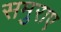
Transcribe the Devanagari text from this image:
समुराए